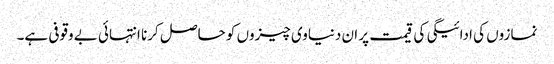
نمازوں کی ادائیگی کی قیمت پر ان دنیاوی چیزوں کو حاصل کرنا انتہائی بے وقوفی ہے۔